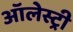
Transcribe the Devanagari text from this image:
ऑलेस्ट्री